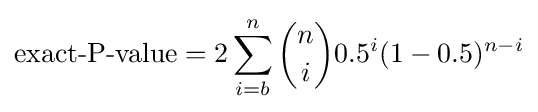
{\text{exact-P-value}}=2\sum _{i=b}^{n}{n \choose i}0.5^{i}(1-0.5)^{n-i}